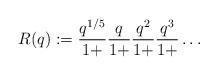
LaTeX: \begin{align*}R(q):=\frac{q^{1/5}}{1+}\frac{q}{1+}\frac{q^2}{1+}\frac{q^3}{1+}\ldots\end{align*}